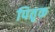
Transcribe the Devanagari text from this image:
पितृक